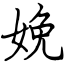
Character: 娩